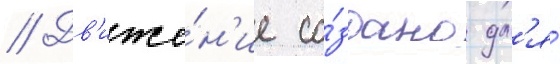
// Дв'иже́н'ие со́здано дл'я́